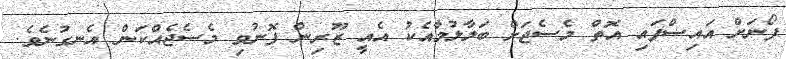
ފޯނަށް އައިސްފައި އޮތް މެސެޖަށް ބަލާލުމާއެކު އެއީ ޒޫރިން ފޮނުވި މެސެޖެއްކަން އެނގުނެވެ.